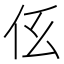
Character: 𠇓